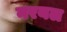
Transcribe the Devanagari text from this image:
नरयल